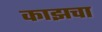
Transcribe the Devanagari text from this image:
काझचा